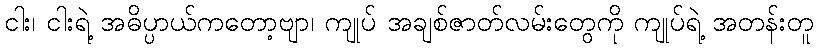
ငါး၊ ငါးရဲ့ အဓိပ္ပာယ်ကတော့ဗျာ၊ ကျုပ် အချစ်ဇာတ်လမ်းတွေကို ကျုပ်ရဲ့ အတန်းတူ